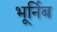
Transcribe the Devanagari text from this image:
भूर्निब